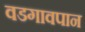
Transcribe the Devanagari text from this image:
वडगावपान